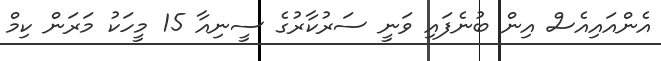
އެންއައިއެސް އިން ބުނެފައި ވަނީ ސަރުކާރުގެ ސީނިއާ 15 މީހަކު މަރަން ކިމް